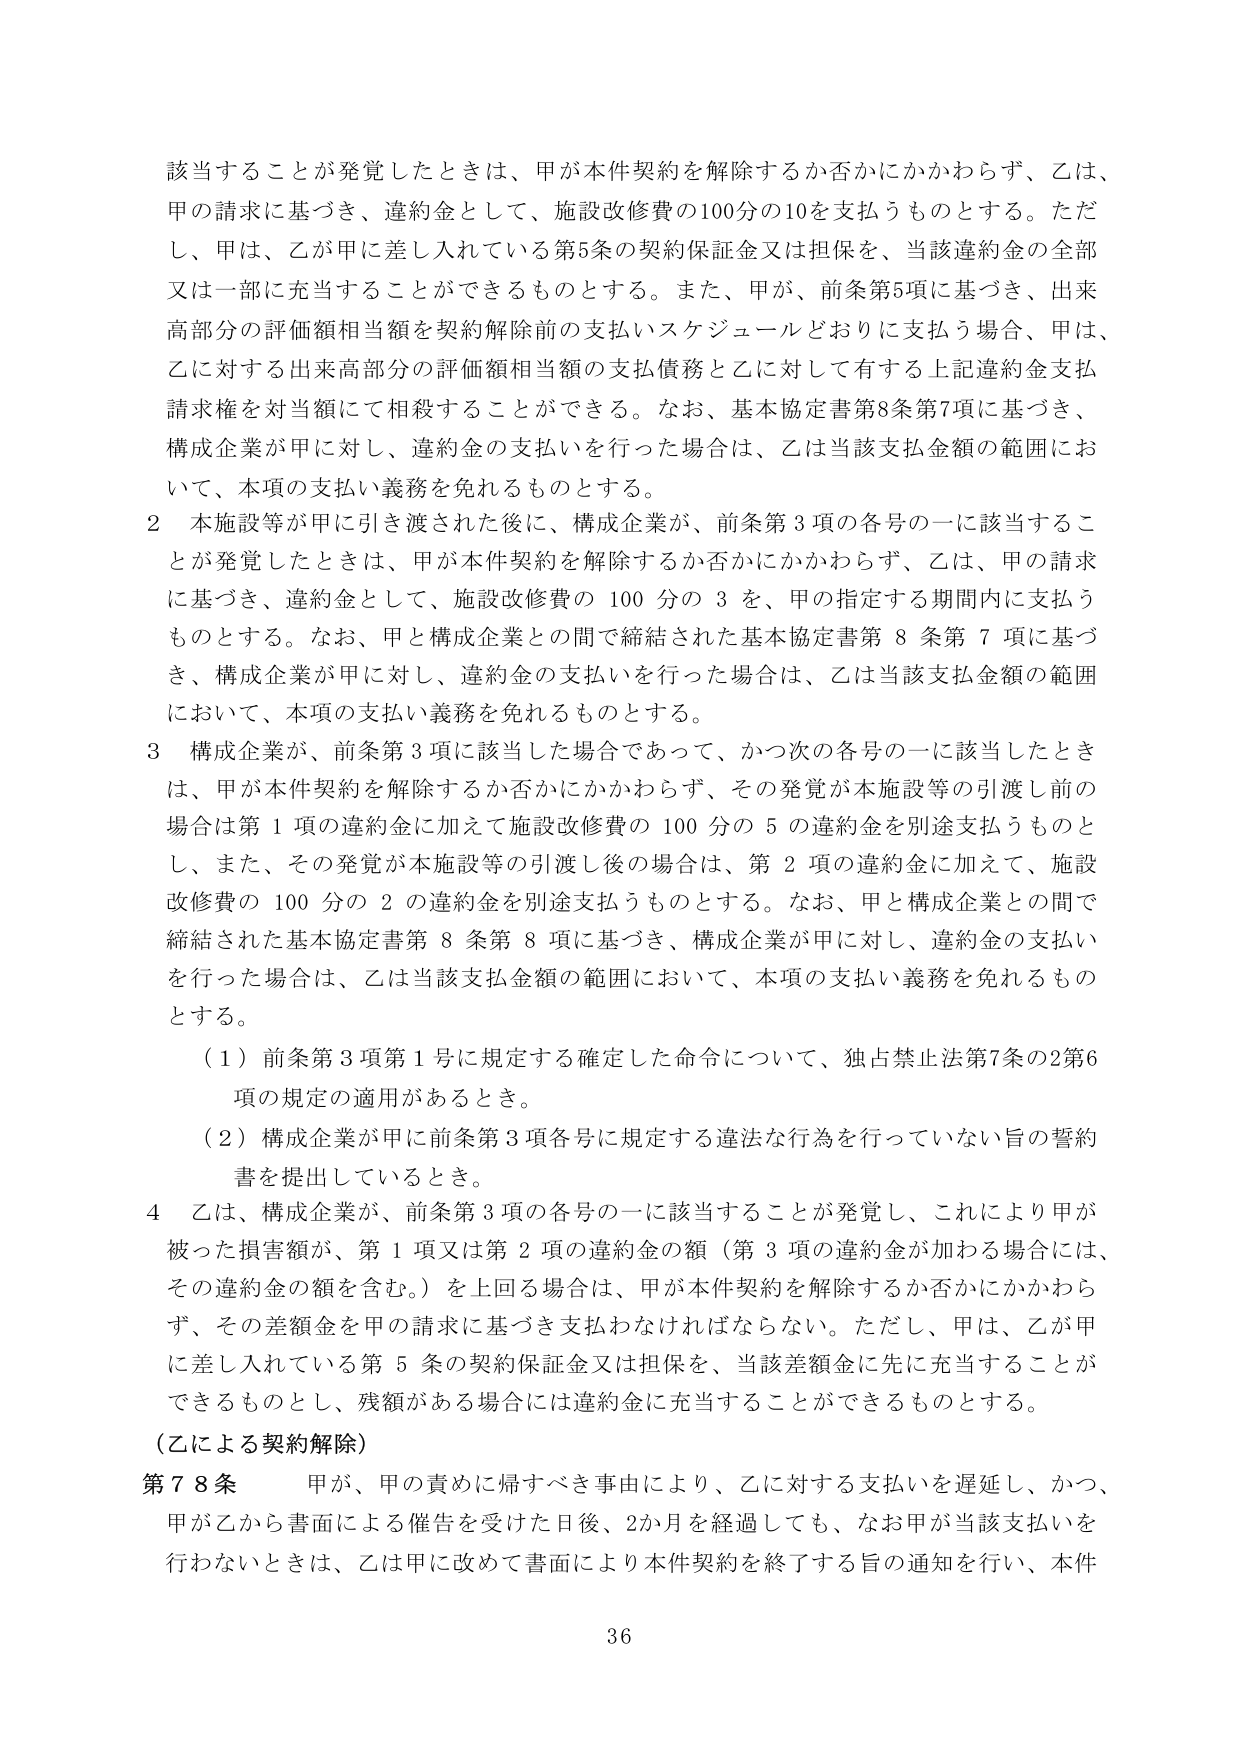
該当することが発覚したときは、甲が本件契約を解除するか否かにかかわらず、乙は、
甲の請求に基づき、違約金として、施設改修費の100分の10を支払うものとする。ただし、甲は、乙が甲に差し入れている第5条の契約保証金又は担保を、当該違約金の全部又は一部に充当することができるものとする。また、甲が、前条第5項に基づき、出来高部分の評価額相当額を契約解除前の支払いスケジュールどおりに支払う場合、甲は、乙に対する出来高部分の評価額相当額の支払債務と乙に対して有する上記違約金支払請求権を対当額にて相殺することができる。なお、基本協定書第8条第7項に基づき、構成企業が甲に対し、違約金の支払いを行った場合は、乙は当該支払金額の範囲において、本項の支払い義務を免れるものとする。

2 本施設等が甲に引き渡された後に、構成企業が、前条第3項の各号の一に該当することが発覚したときは、甲が本件契約を解除するか否かにかかわらず、乙は、甲の請求に基づき、違約金として、施設改修費の100分の3を、甲の指定する期間内に支払うものとする。なお、甲と構成企業との間で締結された基本協定書第8条第7項に基づき、構成企業が甲に対し、違約金の支払いを行った場合は、乙は当該支払金額の範囲において、本項の支払い義務を免れるものとする。

3 構成企業が、前条第3項に該当した場合であって、かつ次の各号の一に該当したときは、甲が本件契約を解除するか否かにかかわらず、その発覚が本施設等の引渡し前の場合は第1項の違約金に加えて施設改修費の100分の5の違約金を別途支払うものとし、また、その発覚が本施設等の引渡し後の場合は、第2項の違約金に加えて、施設改修費の100分の2の違約金を別途支払うものとする。なお、甲と構成企業との間で締結された基本協定書第8条第8項に基づき、構成企業が甲に対し、違約金の支払いを行った場合は、乙は当該支払金額の範囲において、本項の支払い義務を免れるものとする。

（1）前条第3項第1号に規定する確定した命令について、独占禁止法第7条の2第6項の規定の適用があるとき。
（2）構成企業が甲に前条第3項各号に規定する違法な行為を行っていない旨の誓約書を提出しているとき。

4 乙は、構成企業が、前条第3項の各号の一に該当することが発覚し、これにより甲が被った損害額が、第1項又は第2項の違約金の額（第3項の違約金が加わる場合には、その違約金の額を含む。）を上回る場合は、甲が本件契約を解除するか否かにかかわらず、その差額金を甲の請求に基づき支払わなければならない。ただし、甲は、乙が甲に差し入れている第5条の契約保証金又は担保を、当該差額金に先に充当することができるものとし、残額がある場合には違約金に充当することができるものとする。

（乙による契約解除）
第78条 甲が、甲の責めに帰すべき事由により、乙に対する支払いを遅延し、かつ、甲が乙から書面による催告を受けた日後、2か月を経過しても、なお甲が当該支払いを行わないときは、乙は甲に改めて書面により本件契約を終了する旨の通知を行い、本件

36